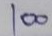
100